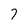
Character: 7